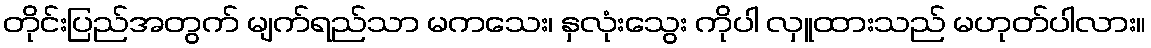
တိုင်းပြည်အတွက် မျက်ရည်သာ မကသေး၊ နှလုံးသွေး ကိုပါ လှူထားသည် မဟုတ်ပါလား။